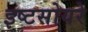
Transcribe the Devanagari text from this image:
इष्टसोयरे